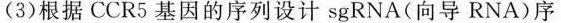
(3)根据CCR5基因的序列设计sgRNA(向导RNA)序